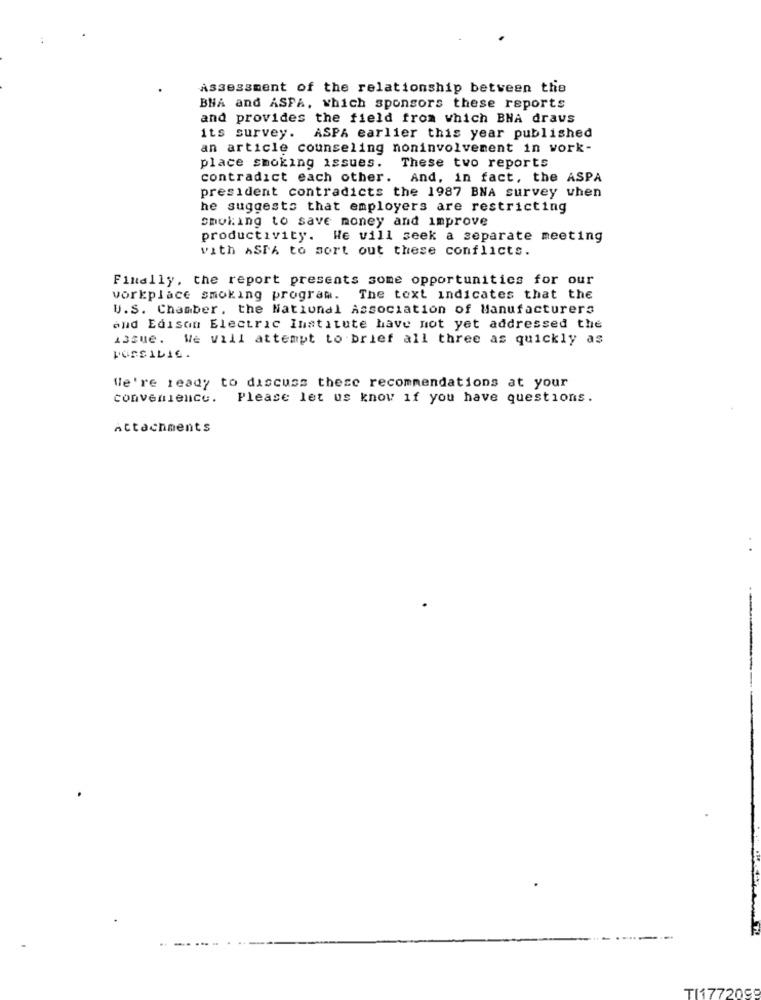
Assessment of the relationship between the
BHA and ASPA, which sponsors these reports
and provides the field from which BNA draus
its survey.
ASPA earlier this year published
an article counseling noninvolvement in vork-
place smoking issues.
These two reports
contradict each other.
And, in fact, the ASPA
president contradicts the 1987 BNA survey when
he suggests that employers are restricting
smoking to save money and improve
productivity. We will seek a separate meeting
vith ASTA to sort out these conflicts.
Finally, the report presents some opportunities for our
workplace smoking program. The text indicates that the
U.S. Chamber. the National Association of Manufacturers
and Edison Electric Institute have not yet addressed the
issue. We will attempt to brief all three as quickly as
FOSSILIC.
We're ready to discuss these recommendations at your
convenience.
Please let us know if you have questions.
Attachments
T11772099